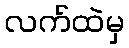
လက်ထဲမှ